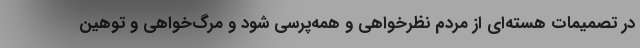
در تصمیمات هسته‌ای از مردم نظرخواهی و همه‌پرسی شود و مرگ‌خواهی و توهین